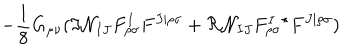
LaTeX: - \frac { 1 } { 8 } G _ { \mu \nu } ( \Im { \cal N } _ { I J } F _ { \rho \sigma } ^ { I } F ^ { J | \rho \sigma } + \Re { \cal N } _ { I J } F _ { \rho \sigma } ^ { I } { } ^ { \star } F ^ { J | \rho \sigma } )